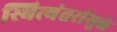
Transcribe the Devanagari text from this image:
स्थित्यंतरांमुळे